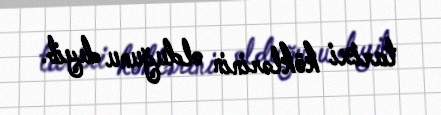
tarixi köklərinin olduğunu deyib.